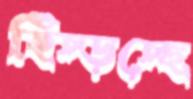
হিঁচ্‌ড়চ্ছে